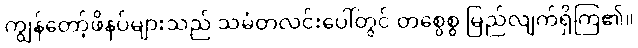
ကျွန်တော့်ဖိနပ်များသည် သမံတလင်းပေါ်တွင် တစွေစွ မြည်လျက်ရှိကြ၏။